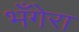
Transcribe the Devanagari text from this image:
भँगेरा